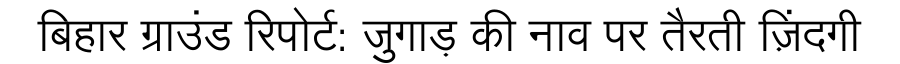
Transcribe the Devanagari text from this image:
बिहार ग्राउंड रिपोर्ट: जुगाड़ की नाव पर तैरती ज़िंदगी